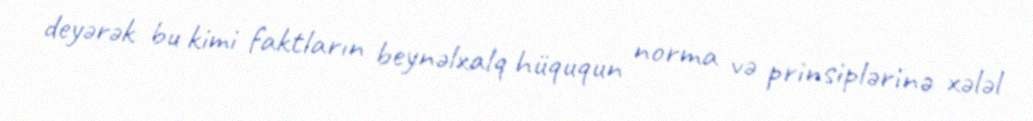
deyərək bu kimi faktların beynəlxalq hüququn norma və prinsiplərinə xələl